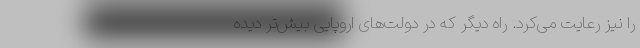
را نیز رعایت می‌کرد. راه دیگر که در دولت‌های اروپایی بیش‌تر دیده